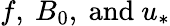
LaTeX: f,~B_{0},\mathrm{~and~}u_{*}